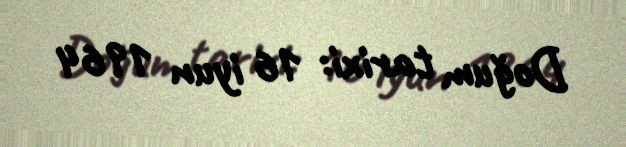
Doğum tarixi: 16 iyun 1964